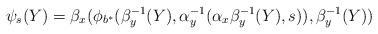
LaTeX: \begin{align*}\psi_s(Y)=\beta_x(\phi_{b^*}(\beta_y^{-1}(Y),\alpha_y^{-1}(\alpha_x\beta_y^{-1}(Y),s)), \beta_y^{-1}(Y))\end{align*}